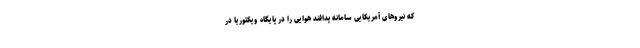
که نیروهای آمریکایی سامانه پدافند هوایی را در پایگاه ویکتوریا در